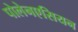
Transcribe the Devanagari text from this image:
पोलेनएसियन